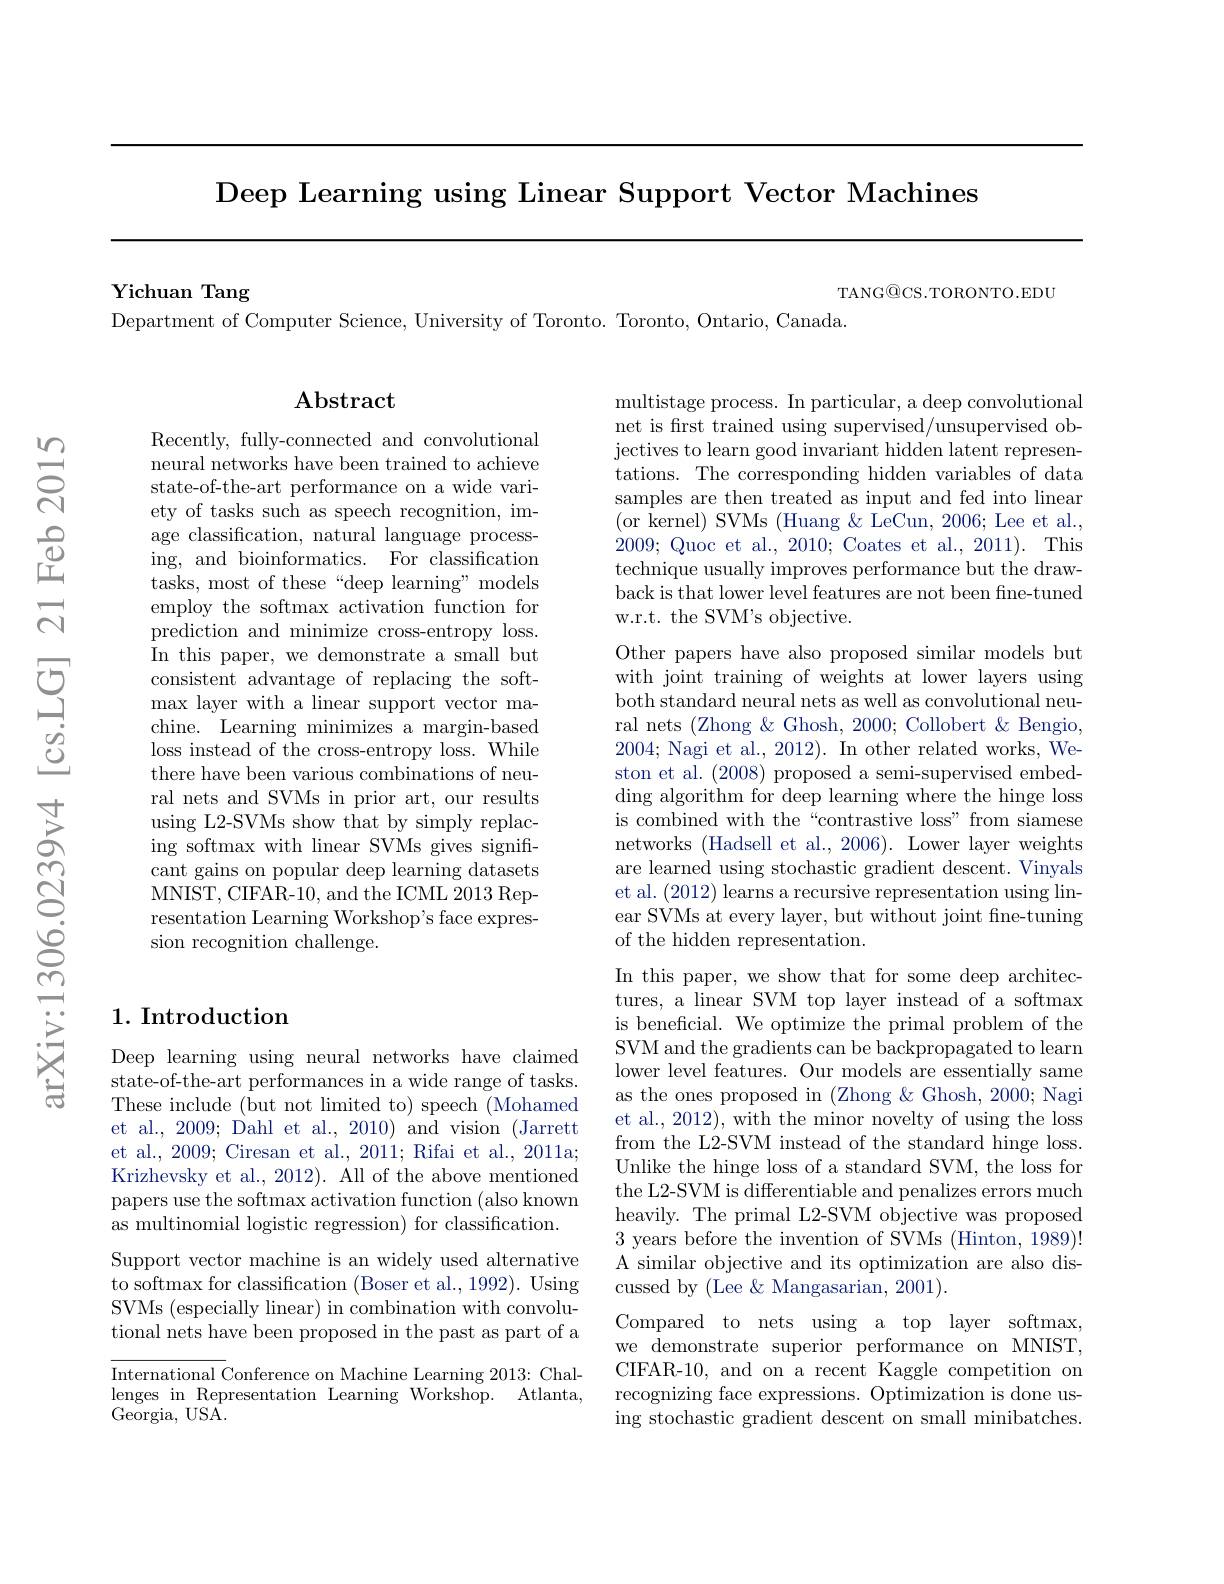
Deep Learning using Linear Support Vector Machines

Yichuan Tang

Department of Computer Science, University of Toronto. Toronto, Ontario, Canada.

TANG@CS.TORONTO.EDU

## $\mathbf{Abstract}$

Recently, fully-connected and convolutional neural networks have been trained to achieve state-of-the-art performance on a wide variety of tasks such as speech recognition, image classification, natural language processing, and bioinformatics. For classification tasks, most of these“deep learning” models employ the softmax activation function for prediction and minimize cross-entropy loss. In this paper, we demonstrate a small but consistent advantage of replacing the softmax layer with a linear support vector machine. Learning minimizes a margin-based loss instead of the cross-entropy loss. While there have been various combinations of neural nets and SVMs in prior art, our results using L2-SVMs show that by simply replacing softmax with linear SVMs gives signifi- $\bar{\text{cant gains on popular deep learning datasets}}$ MNIST, CIFAR-10, and the ICML 2013 Representation Learning Workshop's face expression recognition challenge.

### 1. Introduction

Deep learning using neural networks have claimed state-of-the-art performances in a wide range of tasks. These include (but not limited to) speech (Mohamed et al., 2009; Dahl et al., 2010) and vision (Jarrett et al., 2009; Ciresan et al., 2011; Rifai et al., 2011a; Krizhevsky et al., 2012). All of the above mentioned papers use the softmax activation function (also known as multinomial logistic regression) for classification.

Support vector machine is an widely used alternative to softmax for classification (Boser et al., 1992). Using SVMs (especially linear) in combination with convolutional nets have been proposed in the past as part of a

International Conference on Machine Learning 2013: Challenges in Representation Learning Workshop. Atlanta, $\bar{\mathrm{Georgia,~USA}}.$

multistage process. In particular, a deep convolutional net is frst trained using supervised/unsupervised objectives to learn good invariant hidden latent representations. The corresponding hidden variables of data samples are then treated as input and fed into linear ( or kernel) SVMs ( Huang $\&$ LeCun, 2006; Lee et al. , 2009; Quoc et al., 2010; Coates et al., 2011). This technique usually improves performance but the drawback is that lower level features are not been fine-tuned w.r.t. the SVM's objective.

Other papers have also proposed similar models but with joint training of weights at lower layers using both standard neural nets as well as convolutional neural nets (Zhong &Ghosh, 2000; Collobert & Bengio, 2004; Nagi et al., 2012). In other related works, Weston et al. (2008) proposed a semi-supervised embedding algorithm for deep learning where the hinge loss is combined with the “contrastive loss”from siamese networks (Hadsell et al., 2006). Lower layer weights are learned using stochastic gradient descent. Vinyals et al. (2012) learns a recursive representation using linear SVMs at every layer, but without joint fne-tuning of the hidden representation.
In this paper, we show that for some deep architectures, a linear SVM top layer instead of a softmax is beneficial. We optimize the primal problem of the SVM and the gradients can be backpropagated to learn lower level features. Our models are essentially same as the ones proposed in (Zhong &Ghosh, 2000; Nagi et al., 2012), with the minor novelty of using the loss from the L2-SVM instead of the standard hinge loss. Unlike the hinge loss of a standard SVM, the loss for the L2-SVM is differentiable and penalizes errors much heavily. The primal L2-SVM objective was proposed 3 years before the invention of SVMs (Hinton, 1989)! A similar objective and its optimization are also discussed by (Lee &Mangasarian, 2001).
Compared to nets using a top layer softmax, we demonstrate superior performance on MNIST, CIFAR-10, and on a recent Kaggle competition on recognizing face expressions. Optimization is done using stochastic gradient descent on small minibatches.